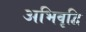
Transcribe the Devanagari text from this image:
अभिवृद्वि